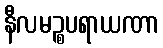
နီလမဉ္စပရာယဏာ